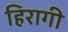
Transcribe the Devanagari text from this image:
हिरागी